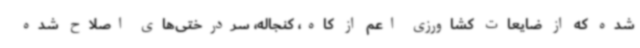
شده که از ضایعات کشاورزی اعم از کاه، کنجاله، سردرختی‌های اصلاح شده